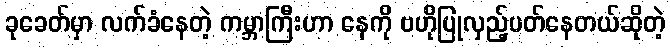
ခုခေတ်မှာ လက်ခံနေတဲ့ ကမ္ဘာကြီးဟာ နေကို ဗဟိုပြုလှည့်ပတ်နေတယ်ဆိုတဲ့